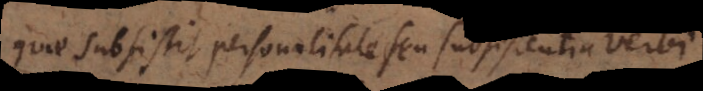
quae subsistit personalitate seu subsistentia verbi